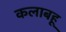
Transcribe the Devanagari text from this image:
कलाबहू